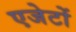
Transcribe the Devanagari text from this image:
एजेटों